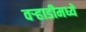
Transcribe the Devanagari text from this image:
वर्‍हाडीमध्ये